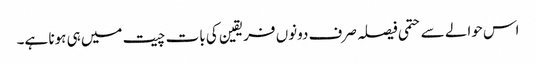
اس حوالے سے حتمی فیصلہ صرف دونوں فریقین کی بات چیت میں ہی ہونا ہے۔